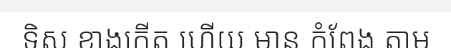
ទិស ខាងកើត ហើយ មាន កំពែង តាម